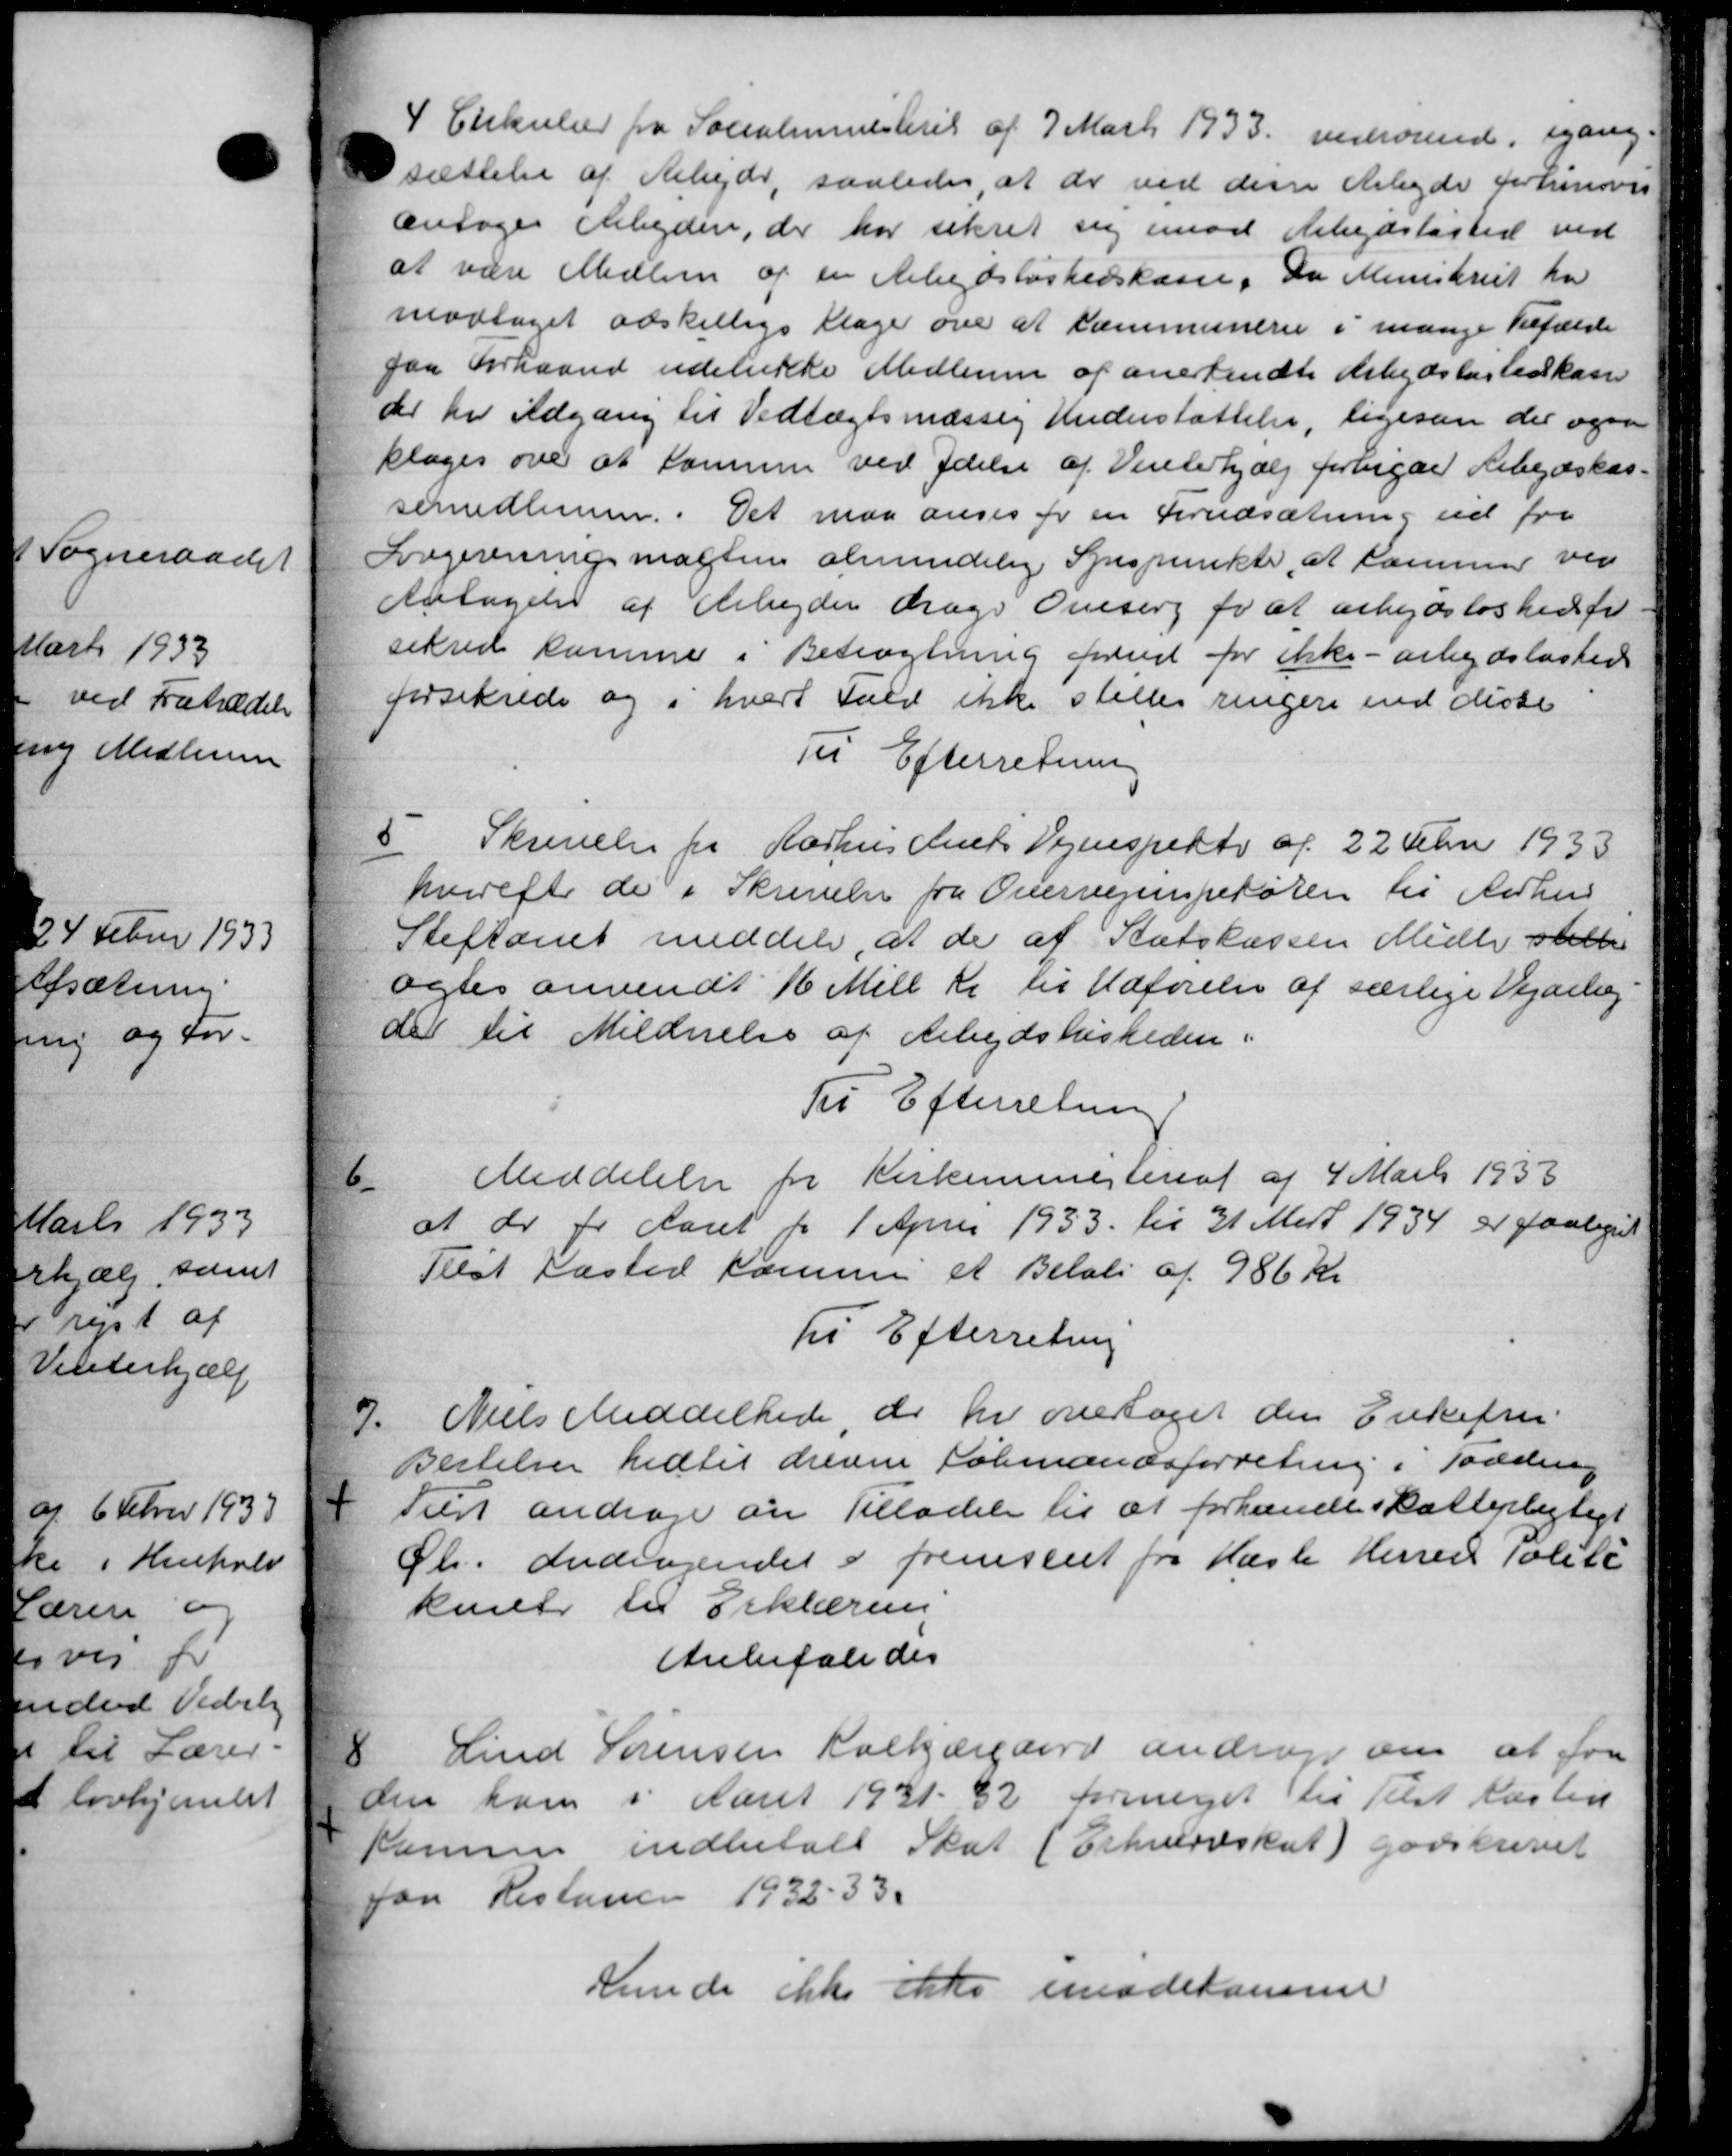
Transskription:
4
Cirkulær fra Socialministeriet af 7 Marts 1933 vedrørende, igang-
sættelse af Arbejde, saaledes, at der ved dem Arbejde forhinsvis
antages Arbejdere, der har sikret sig imod Arbejdsløsted ved
at være Medlem af en Arbejdsløshedskasse. Da Ministeriet har
modtaget adskellige Klage over at Kommunerne i mange Tilfælde
paa Forhaand udelukke Medlemmer af anerkendte Arbejdsløshedskasse
der har udgang til Vedtægtsmæssig Understøttelse, ligesom der ogsa
klages over at kommer ved Ydelse af Vinterhjælp forbigaer Arbejdskas-
semedlemme. Det maa anses for en Forudsætning ud fra
Sorgereningsmagten almindelig Synspunkte, at sammer ved
Antagelse af Arbejder drage Oveserg for at arbejdsløshed fr
sekred samme i Betragtning forud for ikke arbejdsløshed
forsikrede og i hvert Fald ikke stilles ringere end disse
Til Efterretning
5
Skrivelse fra Aarhus Amts Vejinspekt af 22 Febr 1933
hvorefter de i Skrivelse fra Overvejinspekøren til Aarhus
Stiftamt meddele, at de af Statskassen Mille stille
agtes anvendt 16 Mill Kr til Udførelse af særlige Vejarbej-
der til Mildnrelse af Arbejdsløsheden i
Til Efterretning
6
Meddelelse fra Kirkemmesteriat af 4 Marts 1933
at de for Aaret for 1 April 1933 til 31 Mart 1934 er paalignet
Teest Næsted Kommen et Beløb af 986 Kr
Til Efterretning
7.
Niels Meddelhede, de her overtaget den Enkefru
Besteller hidtil denne Købmandsforretning i Todden
Tilst andrage om Tilladelse til at forhandle skattepligtigt
Øh. Andragendet i fremsent fra Hasle Herred Politi
kunt til Erklæring
Anbefaledes
8
Lind Sørensen Kalkjærgaard andrager om at for
den ham i Aaret 1931- 32 formeget til Tilst Kasten
Kamme indbetalt Skat (Erhvervsskat) godskrevet
paa Restenen 1932-33.
kunde ikke ikke imødekomme